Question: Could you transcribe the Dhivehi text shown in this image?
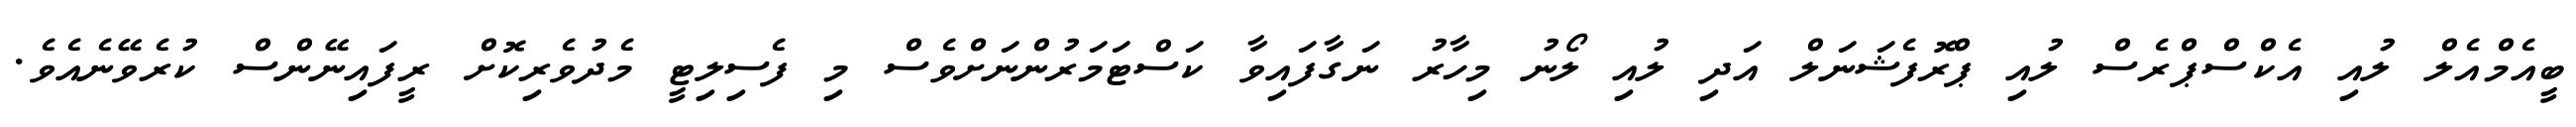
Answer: ބީއެމްއެލް ލުއި އެކްސްޕްރެސް ލުއި ޕްރޮފެޝަނަލް އަދި ލުއި ލޯނު މިހާރު ނަގާފައިވާ ކަސްޓަމަރުންނަށްވެސް މި ފެސިލިޓީ މެދުވެރިކޮށް ރީފައިނޭންސް ކުރެވޭނެއެވެ.